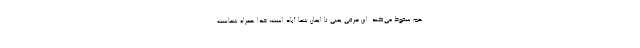
هم سقوط می‌کند. این حرفی یعنی تا ایمان شما آباد است، خدا همراه شماست